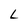
Character: L